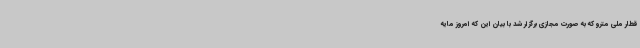
قطار ملی مترو که به صورت مجازی برگزار شد با بیان این که امروز مایه